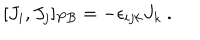
[ J _ { i } , J _ { j } ] _ { P B } = - \epsilon _ { i j k } J _ { k } ~ .